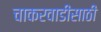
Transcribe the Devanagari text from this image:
चाकरवाडीसाठी